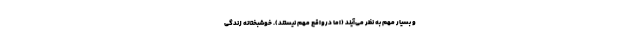
و بسیار مهم به نظر می‌آیند (اما درواقع مهم نیستند). خوشبختانه زندگی